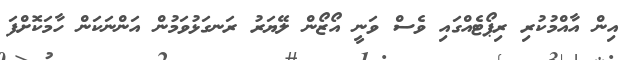
އިން އާއްމުކުރި ރިޕޯޓެއްގައި ވެސް ވަނީ އޯޒޯން ލޭޔަރު ރަނގަޅުވަމުން އަންނަކަން ހާމަކޮށްފަ